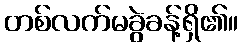
တစ်လက်မခွဲခန့်ရှိ၏။